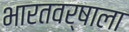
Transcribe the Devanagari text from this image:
भारतवर्षाला